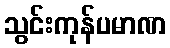
သွင်းကုန်ပမာဏ